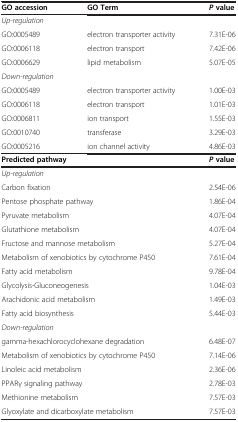
<table><thead><tr><td><b>GO accession</b></td><td><b>GO Term</b></td><td><b><i>P</i>value</b></td></tr></thead><tbody><tr><td><i>Up-regulation</i></td><td> </td><td> </td></tr><tr><td>GO:0005489</td><td>electron transporter activity</td><td>7.31E-06</td></tr><tr><td>GO:0006118</td><td>electron transport</td><td>7.42E-06</td></tr><tr><td>GO:0006629</td><td>lipid metabolism</td><td>5.07E-05</td></tr><tr><td><i>Down-regulation</i></td><td> </td><td> </td></tr><tr><td>GO:0005489</td><td>electron transporter activity</td><td>1.00E-03</td></tr><tr><td>GO:0006118</td><td>electron transport</td><td>1.01E-03</td></tr><tr><td>GO:0006811</td><td>ion transport</td><td>1.55E-03</td></tr><tr><td>GO:0010740</td><td>transferase</td><td>3.29E-03</td></tr><tr><td>GO:0005216</td><td>ion channel activity</td><td>4.86E-03</td></tr><tr><td colspan="2"><b>Predicted pathway</b></td><td><b><i>P</i></b><b> value</b></td></tr><tr><td><i>Up-regulation</i></td><td> </td><td> </td></tr><tr><td colspan="2">Carbon fixation</td><td>2.54E-06</td></tr><tr><td colspan="2">Pentose phosphate pathway</td><td>1.86E-04</td></tr><tr><td colspan="2">Pyruvate metabolism</td><td>4.07E-04</td></tr><tr><td colspan="2">Glutathione metabolism</td><td>4.07E-04</td></tr><tr><td colspan="2">Fructose and mannose metabolism</td><td>5.27E-04</td></tr><tr><td colspan="2">Metabolism of xenobiotics by cytochrome P450</td><td>7.61E-04</td></tr><tr><td colspan="2">Fatty acid metabolism</td><td>9.78E-04</td></tr><tr><td colspan="2">Glycolysis-Gluconeogenesis</td><td>1.04E-03</td></tr><tr><td colspan="2">Arachidonic acid metabolism</td><td>1.49E-03</td></tr><tr><td colspan="2">Fatty acid biosynthesis</td><td>5.44E-03</td></tr><tr><td colspan="2"><i>Down-regulation</i></td><td> </td></tr><tr><td colspan="2">gamma-hexachlorocyclohexane degradation</td><td>6.48E-07</td></tr><tr><td colspan="2">Metabolism of xenobiotics by cytochrome P450</td><td>7.14E-06</td></tr><tr><td colspan="2">Linoleic acid metabolism</td><td>2.36E-06</td></tr><tr><td colspan="2">PPARγ signaling pathway</td><td>2.78E-03</td></tr><tr><td colspan="2">Methionine metabolism</td><td>7.57E-03</td></tr><tr><td colspan="2">Glyoxylate and dicarboxylate metabolism</td><td>7.57E-03</td></tr></tbody></table>